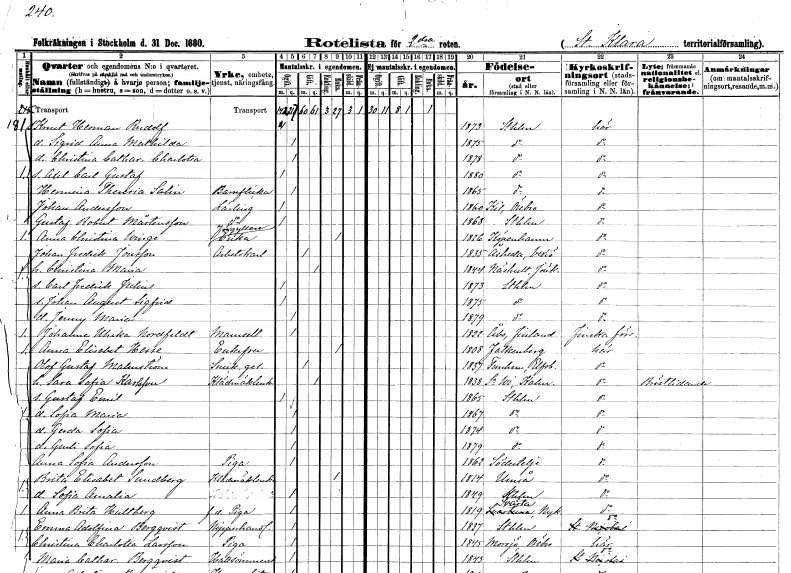
gt_parse: households: individuals: FN: Knut Herman Rudolf
KON: M
CIV: O
FODAR: 1873
FODFORS: Stockholm
FN: Sigrid Anna Mathilda
KON: K
CIV: O
FODAR: 1875
FODFORS: Stockholm
FN: Christina Catharina Charlotta
KON: K
CIV: O
FODAR: 1878
FODFORS: Stockholm
FN: Axel Carl Gustaf
KON: M
CIV: O
FODAR: 1880
FODFORS: Stockholm
FN: Hermina Theresia
EN: Salin
YRKE: Barnflicka
KON: K
CIV: O
FODAR: 1865
FODFORS: Stockholm
FN: Johan
EN: Andersson
YRKE: Lärling
KON: M
CIV: O
FODAR: 1860
FODFORS: Kil Örebro län
FN: Gustaf Robert
EN: Mårtensson
YRKE: Lärling
KON: M
CIV: O
FODAR: 1868
FODFORS: Stockholm
FN: Anna Christina
EN: Winge
YRKE: Förgyllareänka
KON: K
CIV: E
FODAR: 1826
FN: Johan Fredrik
EN: Jonsson
YRKE: Arbetskarl
KON: M
CIV: G
FODAR: 1835
FODFORS: Åseda Kronobergs län
FN: Christina Maria
KON: K
CIV: G
FODAR: 1844
FODFORS: Näshult Jönköpings län
FN: Carl Fredrik Julius
KON: M
CIV: O
FODAR: 1873
FODFORS: Stockholm
FN: Johan August Sigfrid
KON: M
CIV: O
FODAR: 1875
FODFORS: Stockholm
FN: Jenny Maria
KON: K
CIV: O
FODAR: 1879
FODFORS: Stockholm
FN: Johanna Ulrika
EN: Nordfeldt
KON: K
CIV: O
FODAR: 1822
FN: Anna Elisabet
EN: Hesse
KON: K
CIV: E
FODAR: 1808
FODFORS: Falkenberg Hallands län
FN: Olof Gustaf
EN: Malmström
YRKE: Snickaregesäll
KON: M
CIV: G
FODAR: 1837
FODFORS: Västra Tunhem Älvsborgs län
FN: Sara Sofia
EN: Karlsson
YRKE: Klädmäklerska
KON: K
CIV: G
FODAR: 1838
FODFORS: Södra Vi Kalmar län
FN: Gustaf Emil
KON: M
CIV: O
FODAR: 1865
FODFORS: Stockholm
FN: Sofia Maria
KON: K
CIV: O
FODAR: 1867
FODFORS: Stockholm
FN: Gerda Sofia
KON: K
CIV: O
FODAR: 1874
FODFORS: Stockholm
FN: Gurli Sofia
KON: K
CIV: O
FODAR: 1879
FODFORS: Stockholm
FN: Anna Sofia
EN: Andersson
YRKE: Piga
KON: K
CIV: O
FODAR: 1862
FODFORS: Södertälje Stockholms län
FN: Brita Elisabet
EN: Sundberg
YRKE: Klädmäklerska
KON: K
CIV: E
FODAR: 1814
FODFORS: Umeå Västerbottens län
FN: Sofia Amalia
KON: K
CIV: O
FODAR: 1849
FODFORS: Stockholm
FN: Anna Brita
EN: Hultberg
YRKE: Piga f.d.
KON: K
CIV: O
FODAR: 1819
FODFORS: Svärta Södermanlands län